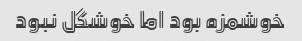
خوشمزه بود اما خوشگل نبود